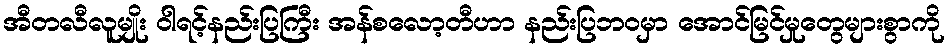
အီတလီလူမျိုး ဝါရင့်နည်းပြကြီး အန်စလော့တီဟာ နည်းပြဘဝမှာ အောင်မြင်မှုတွေများစွာကို